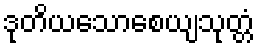
ဒုတိယသောစေယျသုတ္တံ